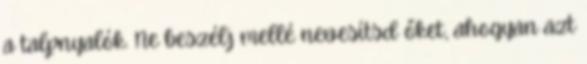
a talpnyalók. Ne beszélj mellé nevesítsd őket, ahogyan azt